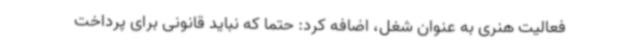
فعالیت هنری به عنوان شغل، اضافه کرد: حتما که نباید قانونی برای پرداخت